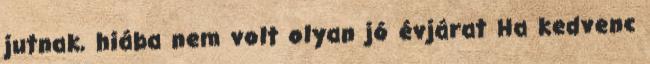
jutnak, hiába nem volt olyan jó évjárat Ha kedvenc